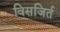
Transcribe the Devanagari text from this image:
विसजिर्त